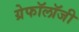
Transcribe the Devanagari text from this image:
ग्रेफॉलॉजी